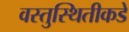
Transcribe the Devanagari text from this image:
वस्तुस्थितीकडे